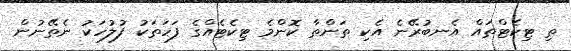
ތި ޓިކެޓްތައް އެނބުރޭނެ އެކި ތަންތާ ކޮންމެ ޓިކެޓެއްގެ ފަހަތަކު ފުލުހަކު ނެތޭނުން